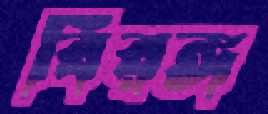
বিরঙ্গ